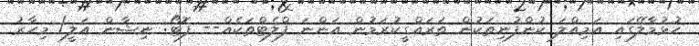
ހުޅުމާލޭގައި އަމިއްލަ ކުންފުނިތަކުން ތަރައްގީކުރަމުން އަންނަ ފްލެޓްތަކެއް-- ފޮޓޯ: ނިޝާން އަލީ/ މިހާރު